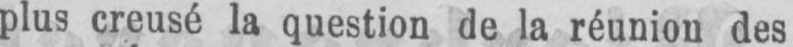
plus creusé la question de la réunion des